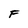
Character: F